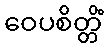
ဝေပစိတ္တိံ